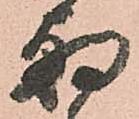
朝